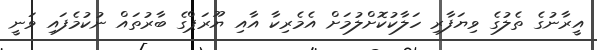
އީރާނުގެ ތެލުގެ ވިޔަފާރި ހަލާކުކޮށްލުމަށް އެމެރިކާ އާއި ޔޫރަޕްގެ ބާރުތައް ނުކުމެފައި ވަނީ